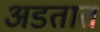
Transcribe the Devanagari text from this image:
अडतात